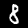
Digit: 8